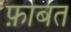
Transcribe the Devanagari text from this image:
फ़ाबत